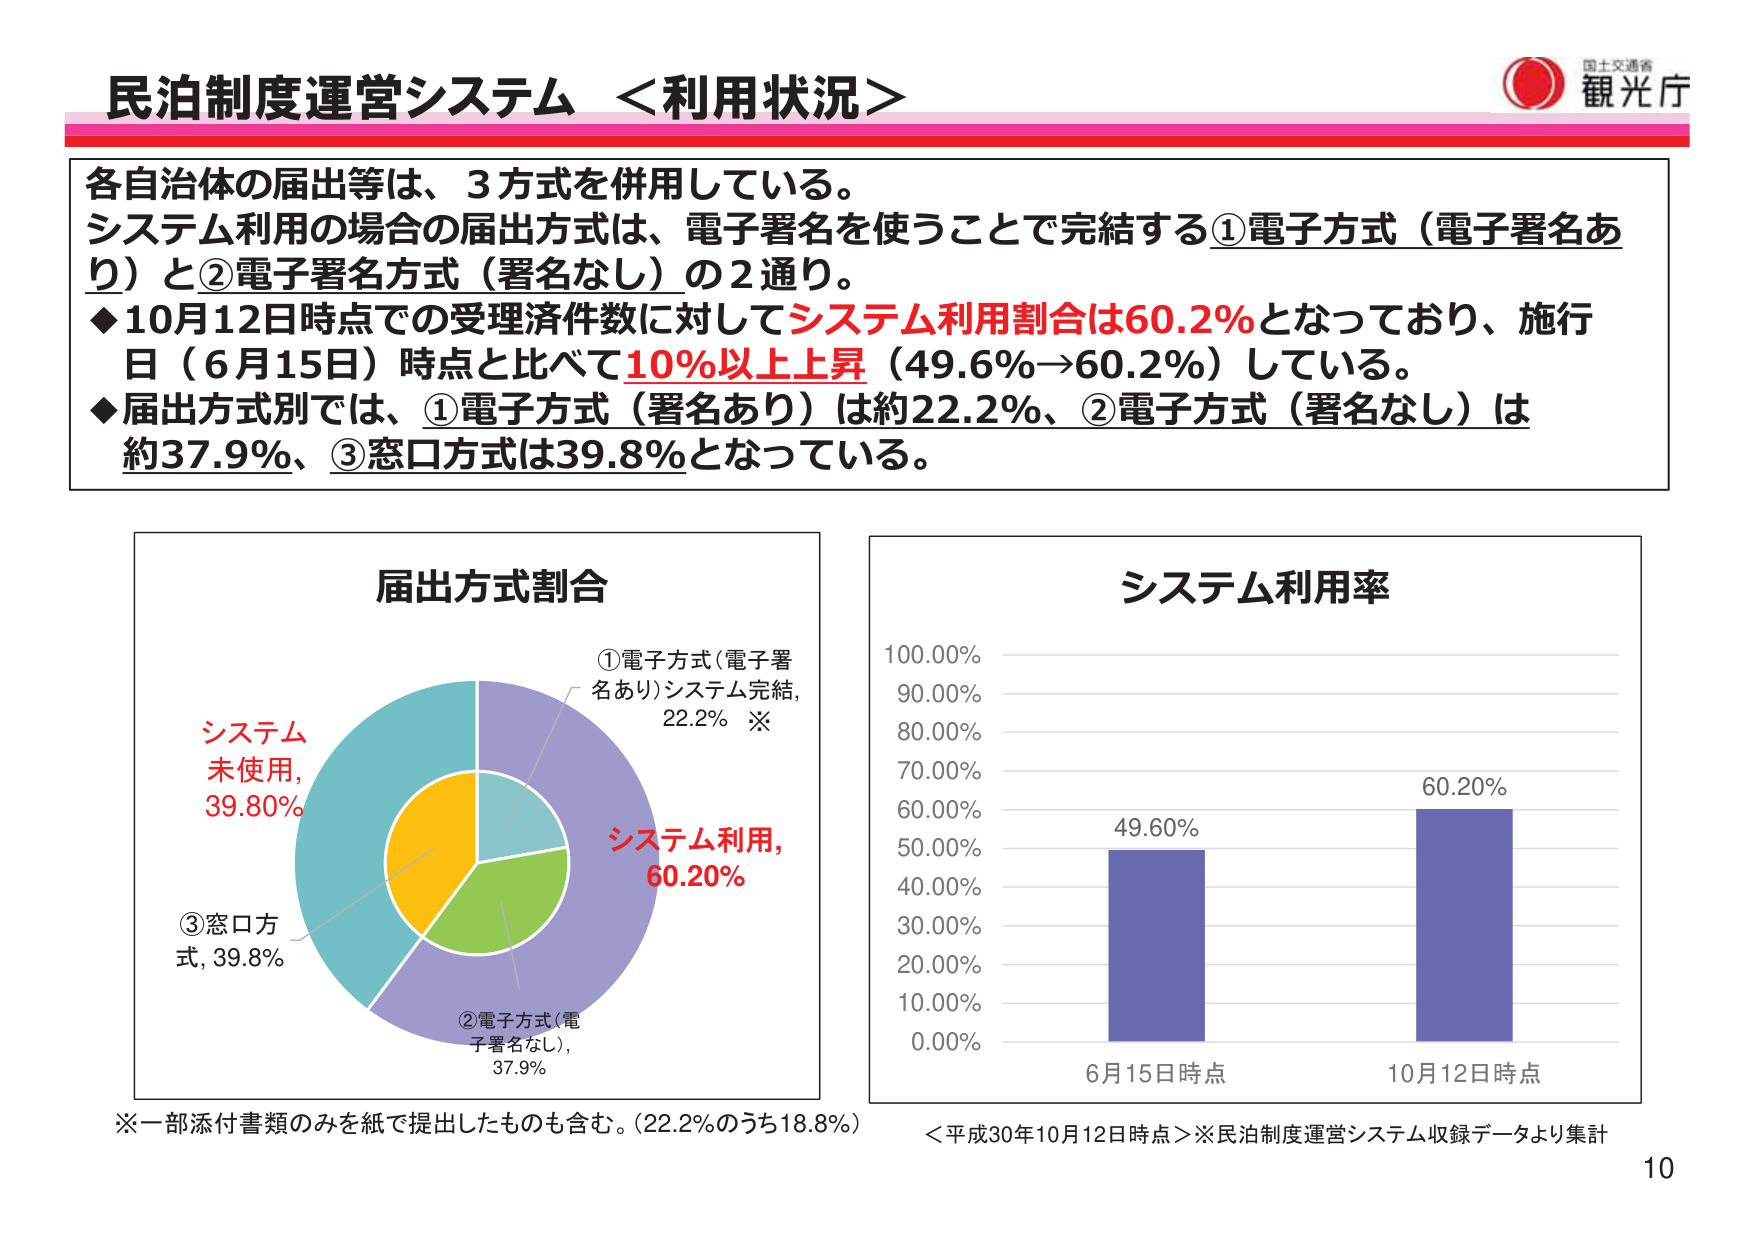
民泊制度運営システム ＜利用状況＞

各自治体の届出等は、3方式を併用している。
システム利用の場合の届出方式は、電子署名を使うことで完結する①電子方式（電子署名あり）と②電子署名方式（署名なし）の2通り。
◆10月12日時点での受理済件数に対してシステム利用割合は60.2％となっており、施行日（6月15日）時点と比べて10％以上上昇（49.6％→60.2％）している。
◆届出方式別では、①電子方式（署名あり）は約22.2％、②電子方式（署名なし）は約37.9％、③窓口方式は39.8％となっている。

届出方式割合
①電子方式（電子署名あり）システム完結，22.2％ ※
②電子方式（電子署名なし），37.9％
③窓口方式，39.8％
システム未使用，39.80％
システム利用，60.20％

システム利用率
100.00％
90.00％
80.00％
70.00％
60.00％
50.00％
40.00％
30.00％
20.00％
10.00％
0.00％
49.60％
60.20％
6月15日時点
10月12日時点

※一部添付書類のみを紙で提出したものも含む。（22.2％のうち18.8％）
＜平成30年10月12日時点＞※民泊制度運営システム収録データより集計

国土交通省
観光庁

10